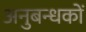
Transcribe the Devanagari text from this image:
अनुबन्धकों